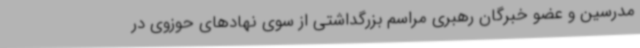
مدرسین و عضو خبرگان رهبری مراسم بزرگداشتی از سوی نهادهای حوزوی در